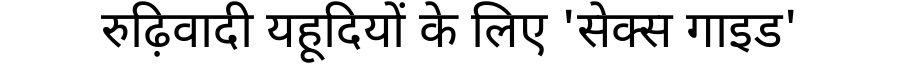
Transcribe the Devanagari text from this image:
रुढ़िवादी यहूदियों के लिए 'सेक्स गाइड'